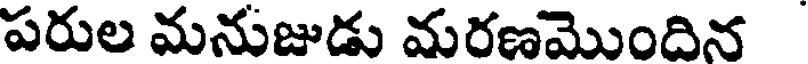
పరుల మనుజుడు మరణమొందిన